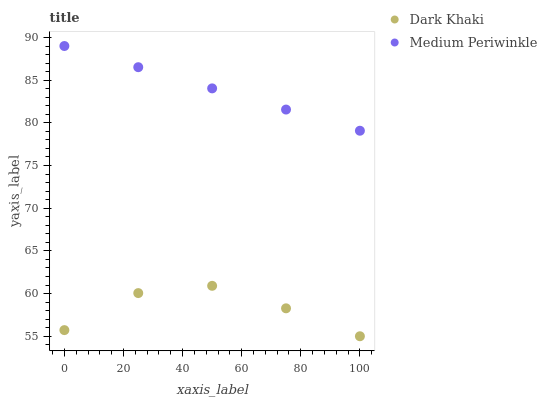
| xaxis_label | Dark Khaki | Medium Periwinkle |
 | --- | --- | --- |
 | 0 | 55.7 | 89 |
 | 25 | 60.1 | 86.5 |
 | 50 | 60.9 | 84 |
 | 75 | 58.3 | 81.6 |
 | 100 | 55 | 79.1 |